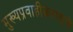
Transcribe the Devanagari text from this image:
मुख्यप्रवाहीकरणाचे